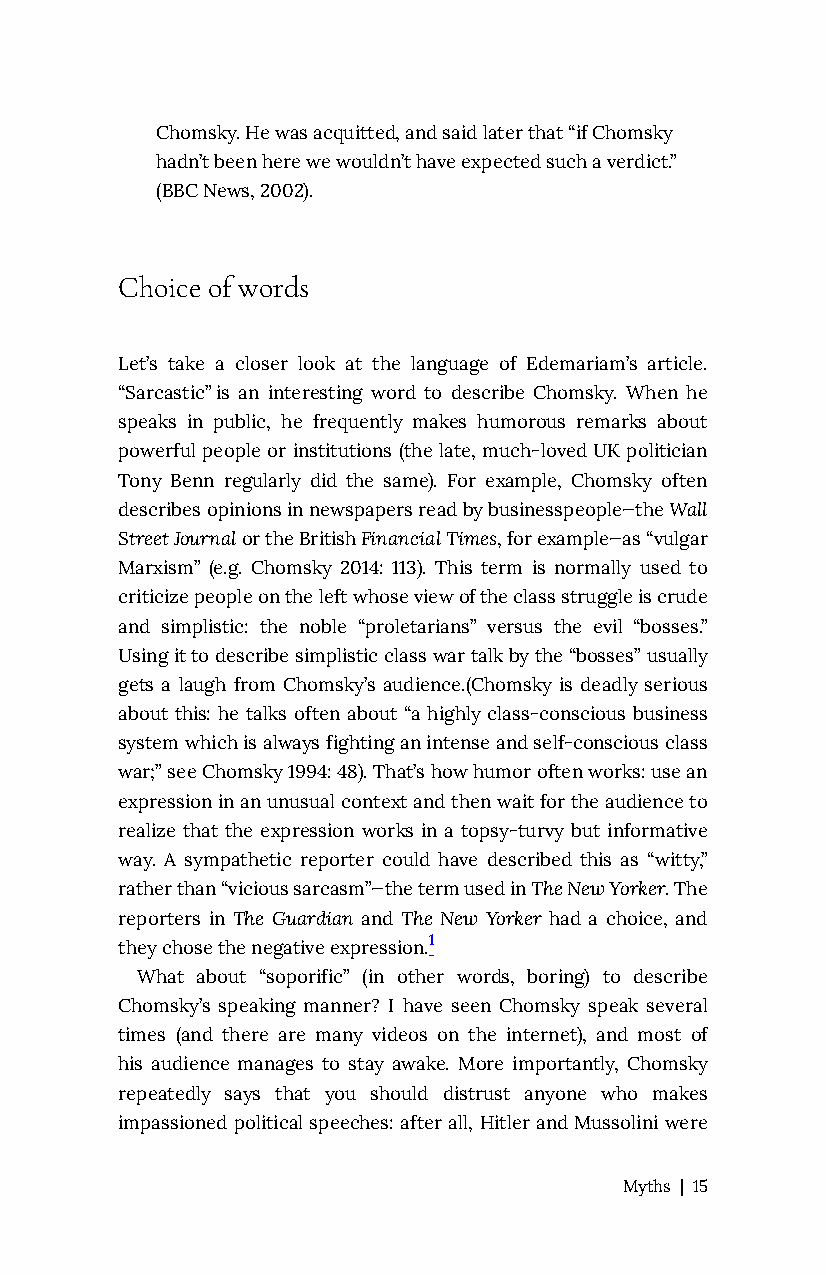
Chomsky. He was acquitted, and said later that “if Chomsky
 hadn’t been here we wouldn’t have expected such a verdict.”
 (BBC News, 2002).
 Choice of words
 Let’s take a closer look at the language of Edemariam’s article.
 “Sarcastic” is an interesting word to describe Chomsky. When he
 speaks in public, he frequently makes humorous remarks about
 powerful people or institutions (the late, much-loved UK politician
 Tony Benn regularly did the same). For example, Chomsky often
 describes opinions in newspapers read by businesspeople—the Wall
 Street Journal or the British Financial Times, for example—as “vulgar
 Marxism” (e.g. Chomsky 2014: 113). This term is normally used to
 criticize people on the left whose view of the class struggle is crude
 and simplistic: the noble “proletarians” versus the evil “bosses.”
 Using it to describe simplistic class war talk by the “bosses” usually
 gets a laugh from Chomsky’s audience.(Chomsky is deadly serious
 about this: he talks often about “a highly class-conscious business
 system which is always fighting an intense and self-conscious class
 war;” see Chomsky 1994: 48). That’s how humor often works: use an
 expression in an unusual context and then wait for the audience to
 realize that the expression works in a topsy-turvy but informative
 way. A sympathetic reporter could have described this as “witty,”
 rather than “vicious sarcasm”—the term used in The New Yorker. The
 reporters in The Guardian and The New Yorker had a choice, and
 they chose the negative expression.1
 What about “soporific” (in other words, boring) to describe
 Chomsky’s speaking manner? I have seen Chomsky speak several
 times (and there are many videos on the internet), and most of
 his audience manages to stay awake. More importantly, Chomsky
 repeatedly says that you should distrust anyone who makes
 impassioned political speeches: after all, Hitler and Mussolini were
 Myths | 15